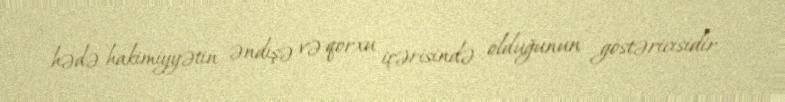
hədə hakimiyyətin əndişə və qorxu içərisində olduğunun göstəricisidir.